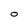
Character: O